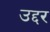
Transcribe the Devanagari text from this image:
उद्दर